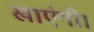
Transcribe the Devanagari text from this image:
खाएंगी।